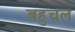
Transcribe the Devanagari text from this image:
बहुचल